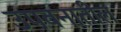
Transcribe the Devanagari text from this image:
उपवनातील